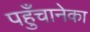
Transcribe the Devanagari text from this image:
पहुँचानेका